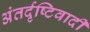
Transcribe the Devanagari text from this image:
अंतर्दृष्टिवादी